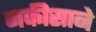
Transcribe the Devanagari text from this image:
नफीसाने